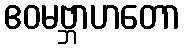
ဧဝမဗ္ဘာဟတော